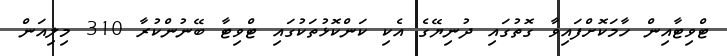
ޓްވިޓާއިން ހާމަކޮށްފައިވާ ގޮތުގައި ދުނިޔޭގެ އެކި ކަންކޮޅުތަކުގައި ޓްވިޓާ ބޭނުންކުރާ 310 މިލިއަން